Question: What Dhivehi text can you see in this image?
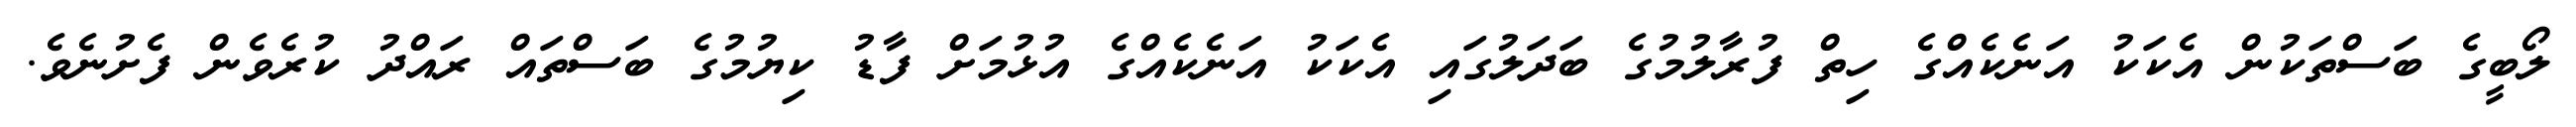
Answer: ލޯބީގެ ބަސްތަކުން އެކަކު އަނެކެއްގެ ހިތް ފުރާލުމުގެ ބަދަލުގައި އެކަކު އަނެކެއްގެ އުޅުމަށް ފާޑު ކިޔުމުގެ ބަސްތައް ރައްދު ކުރެވެން ފެށުނެވެ.